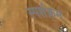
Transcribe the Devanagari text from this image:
स्पर्शक्रम